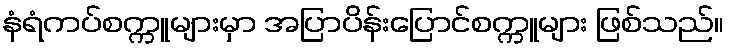
နံရံကပ်စက္ကူများမှာ အပြာပိန်းပြောင်စက္ကူများ ဖြစ်သည်။